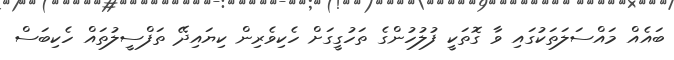
ބައެއް މައްސަލަތަކުގައި ވާ ގޮތަކީ ފުލުހުންގެ ތަހުގީގަށް ހެކިވެރިން ކިޔައިދޭ ތަފްސީލުތައް ހެކިބަސް